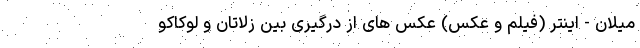
میلان - اینتر (فیلم و عکس) عکس های از درگیری بین زلاتان و لوکاکو